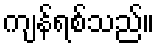
ကျန်ရစ်သည်။